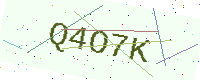
Text: Q4O7K